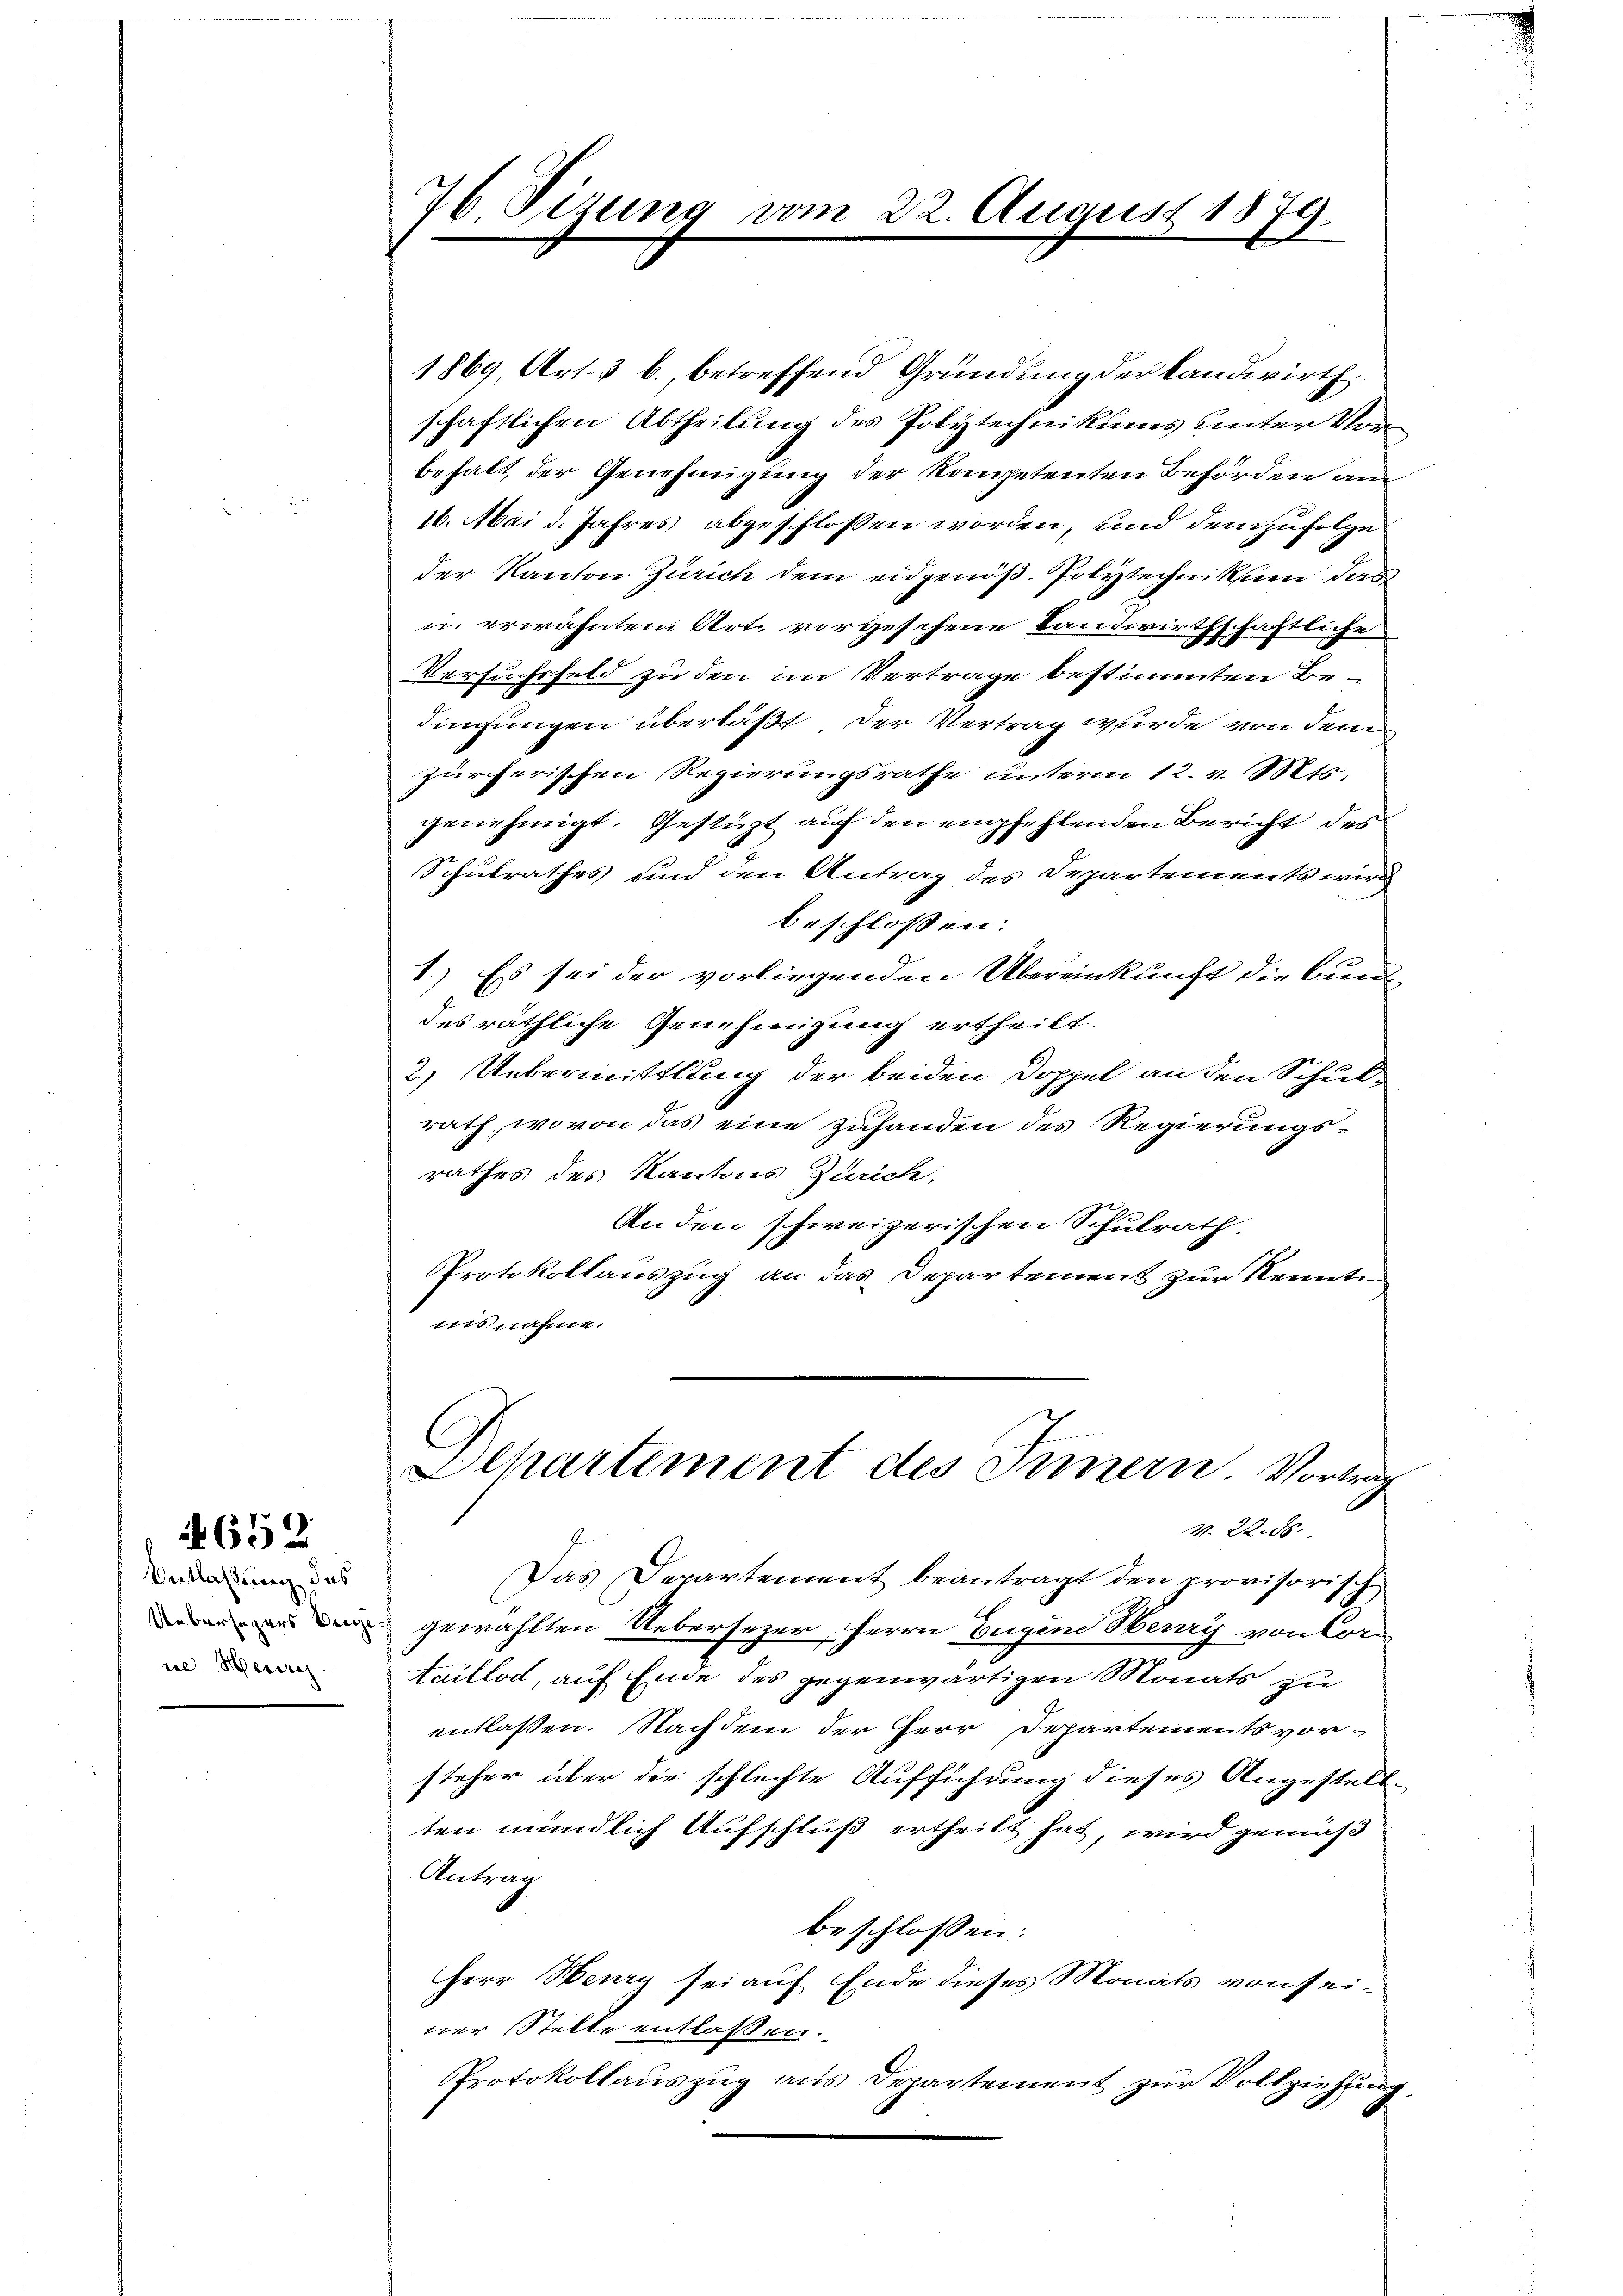
Entlaßung des
Uebersezers bei
ne Her

652

76 Sizung vom 22. August 1879.

1869, Art. 3 b., betreffend Gründung der Landwirthschaftlichen Abtheilung des Polytechnikums unter Vorbehalt der Genehmigung der kompetenten Behörden an
16. Mai d. Jahres abgeschlossen worden, und demzufolge
der Kanton Zürich dem eidgenöß. Polytechnikum das
in erwähntem Art. vorgeschene Landwirthschaftliche
Versuchsfeld zu den im Vertrage bestimmten Bedingungen überläßt. Der Vertrag wurde von dem
zürcherischen Regierungsrathe unterm 12. v. Mts.
genehmigt. Gestüzt auf den empfehlenden Bericht des
Schulrathes und den Antrag des Departements wird
beschlossen:
1.) Es sei der vorliegenden Übereinkunft die bund
des räthliche Genehmigung ertheilt.
2.) Uebermittlung der beiden Doppel an den Schul-
rath, wovon das eine zuhanden des Regierungs-
rathes des Kantons Zürich,
An den schweizerischen Schulrath,
Protokollauszug an das Departement zur Kennte
nis nahme.

Departement des Timern. Vortrag
V. 2. ds.

Das Departement beantragt den provisorisch
gewählten Uebersezer, Herrn Eugene Herrry von Cor¬
Aaillod, auf Ende des gegenwärtigen Monats zu
entlassen. Nachdem der Herr Departements vor-
steher über die schlechte Aufführung dieses Angestell-
ten mündlich Aufschluß ertheilt hat, wird gemäß
Antrag
beschlossen:
Herr Henry sei auf Ende dieses Monats von seiner Stelle entlassen.
Protokollauszug aus Departement zur Vollziehung.